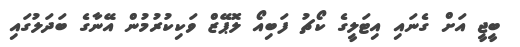
ބީޖީ އަށް ގެނައި އިޓަލީގެ ކޯޗު ފަބިއޯ ލޮޕޭޒް ވަކިކުރުމުން އޭނާގެ ބަދަލުގައި